Bréfritari: Soffía Daníelsdóttir
Viðtakandi: Jakobína Magnúsdóttir og Daníel Halldórsson
Dagsetning: A-1903-11-29
Skrifað á: Skeggjastöðum  N-Múl.
Soffía var dóttir Jakobínu og Daníels

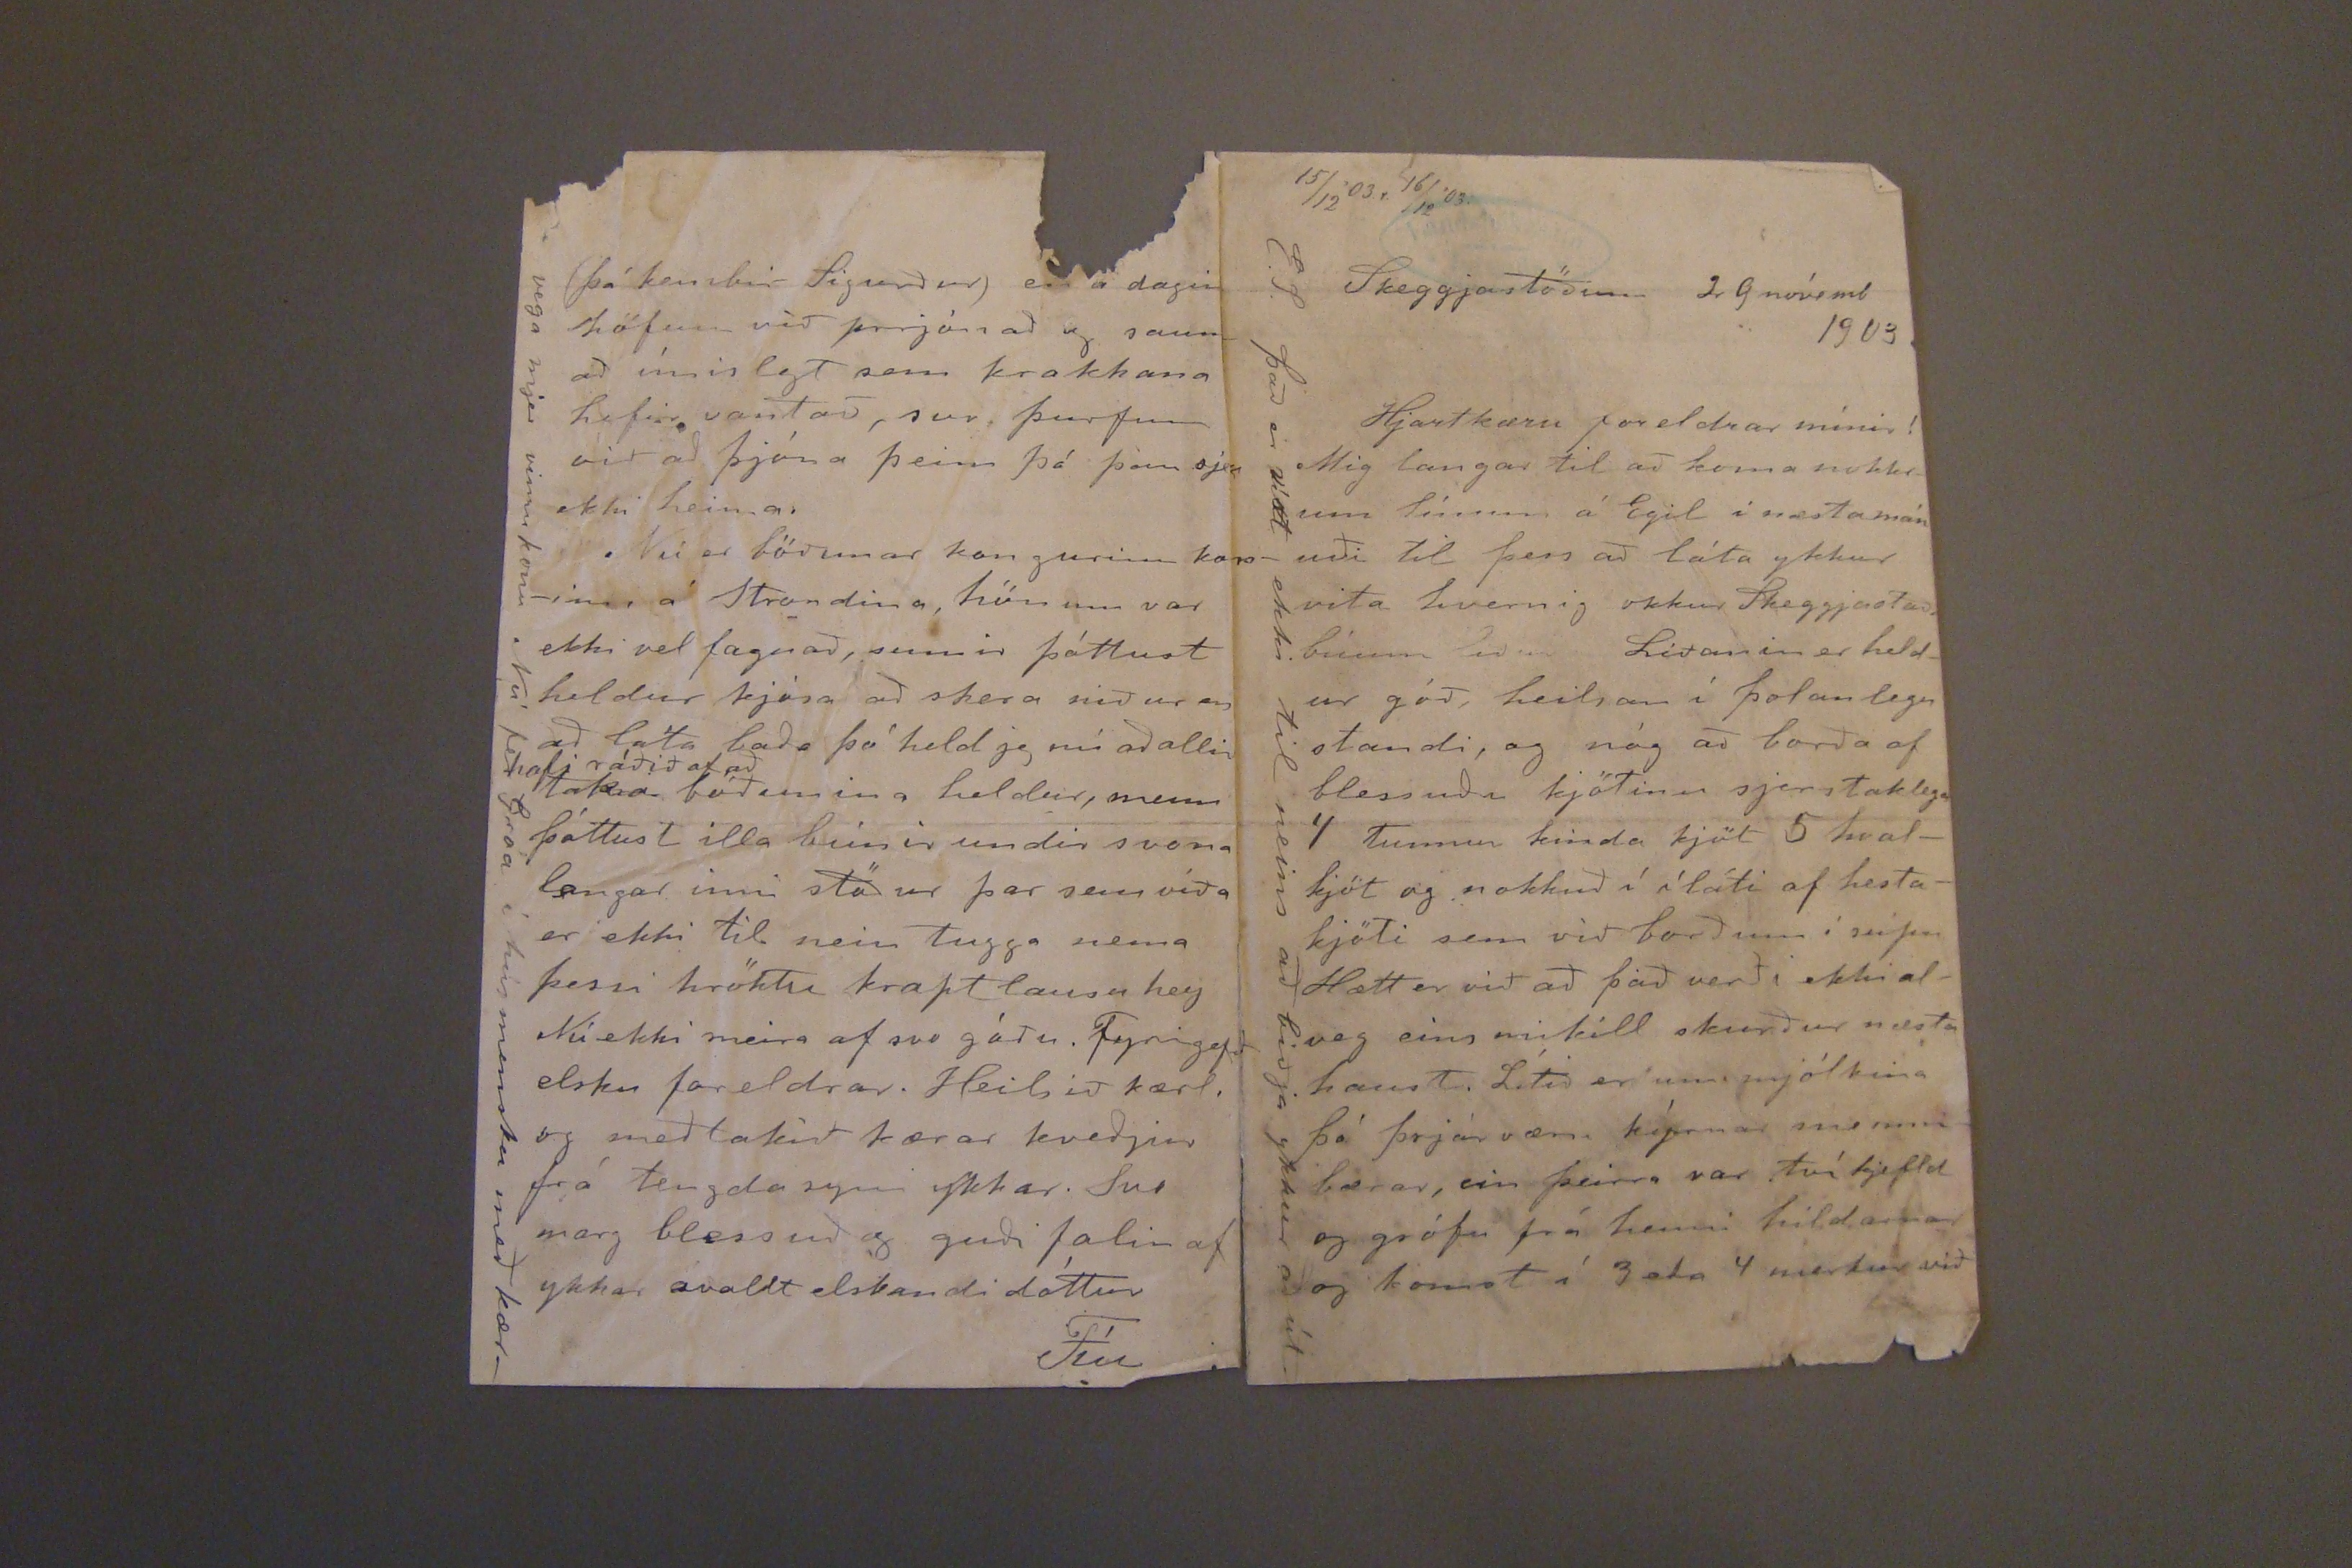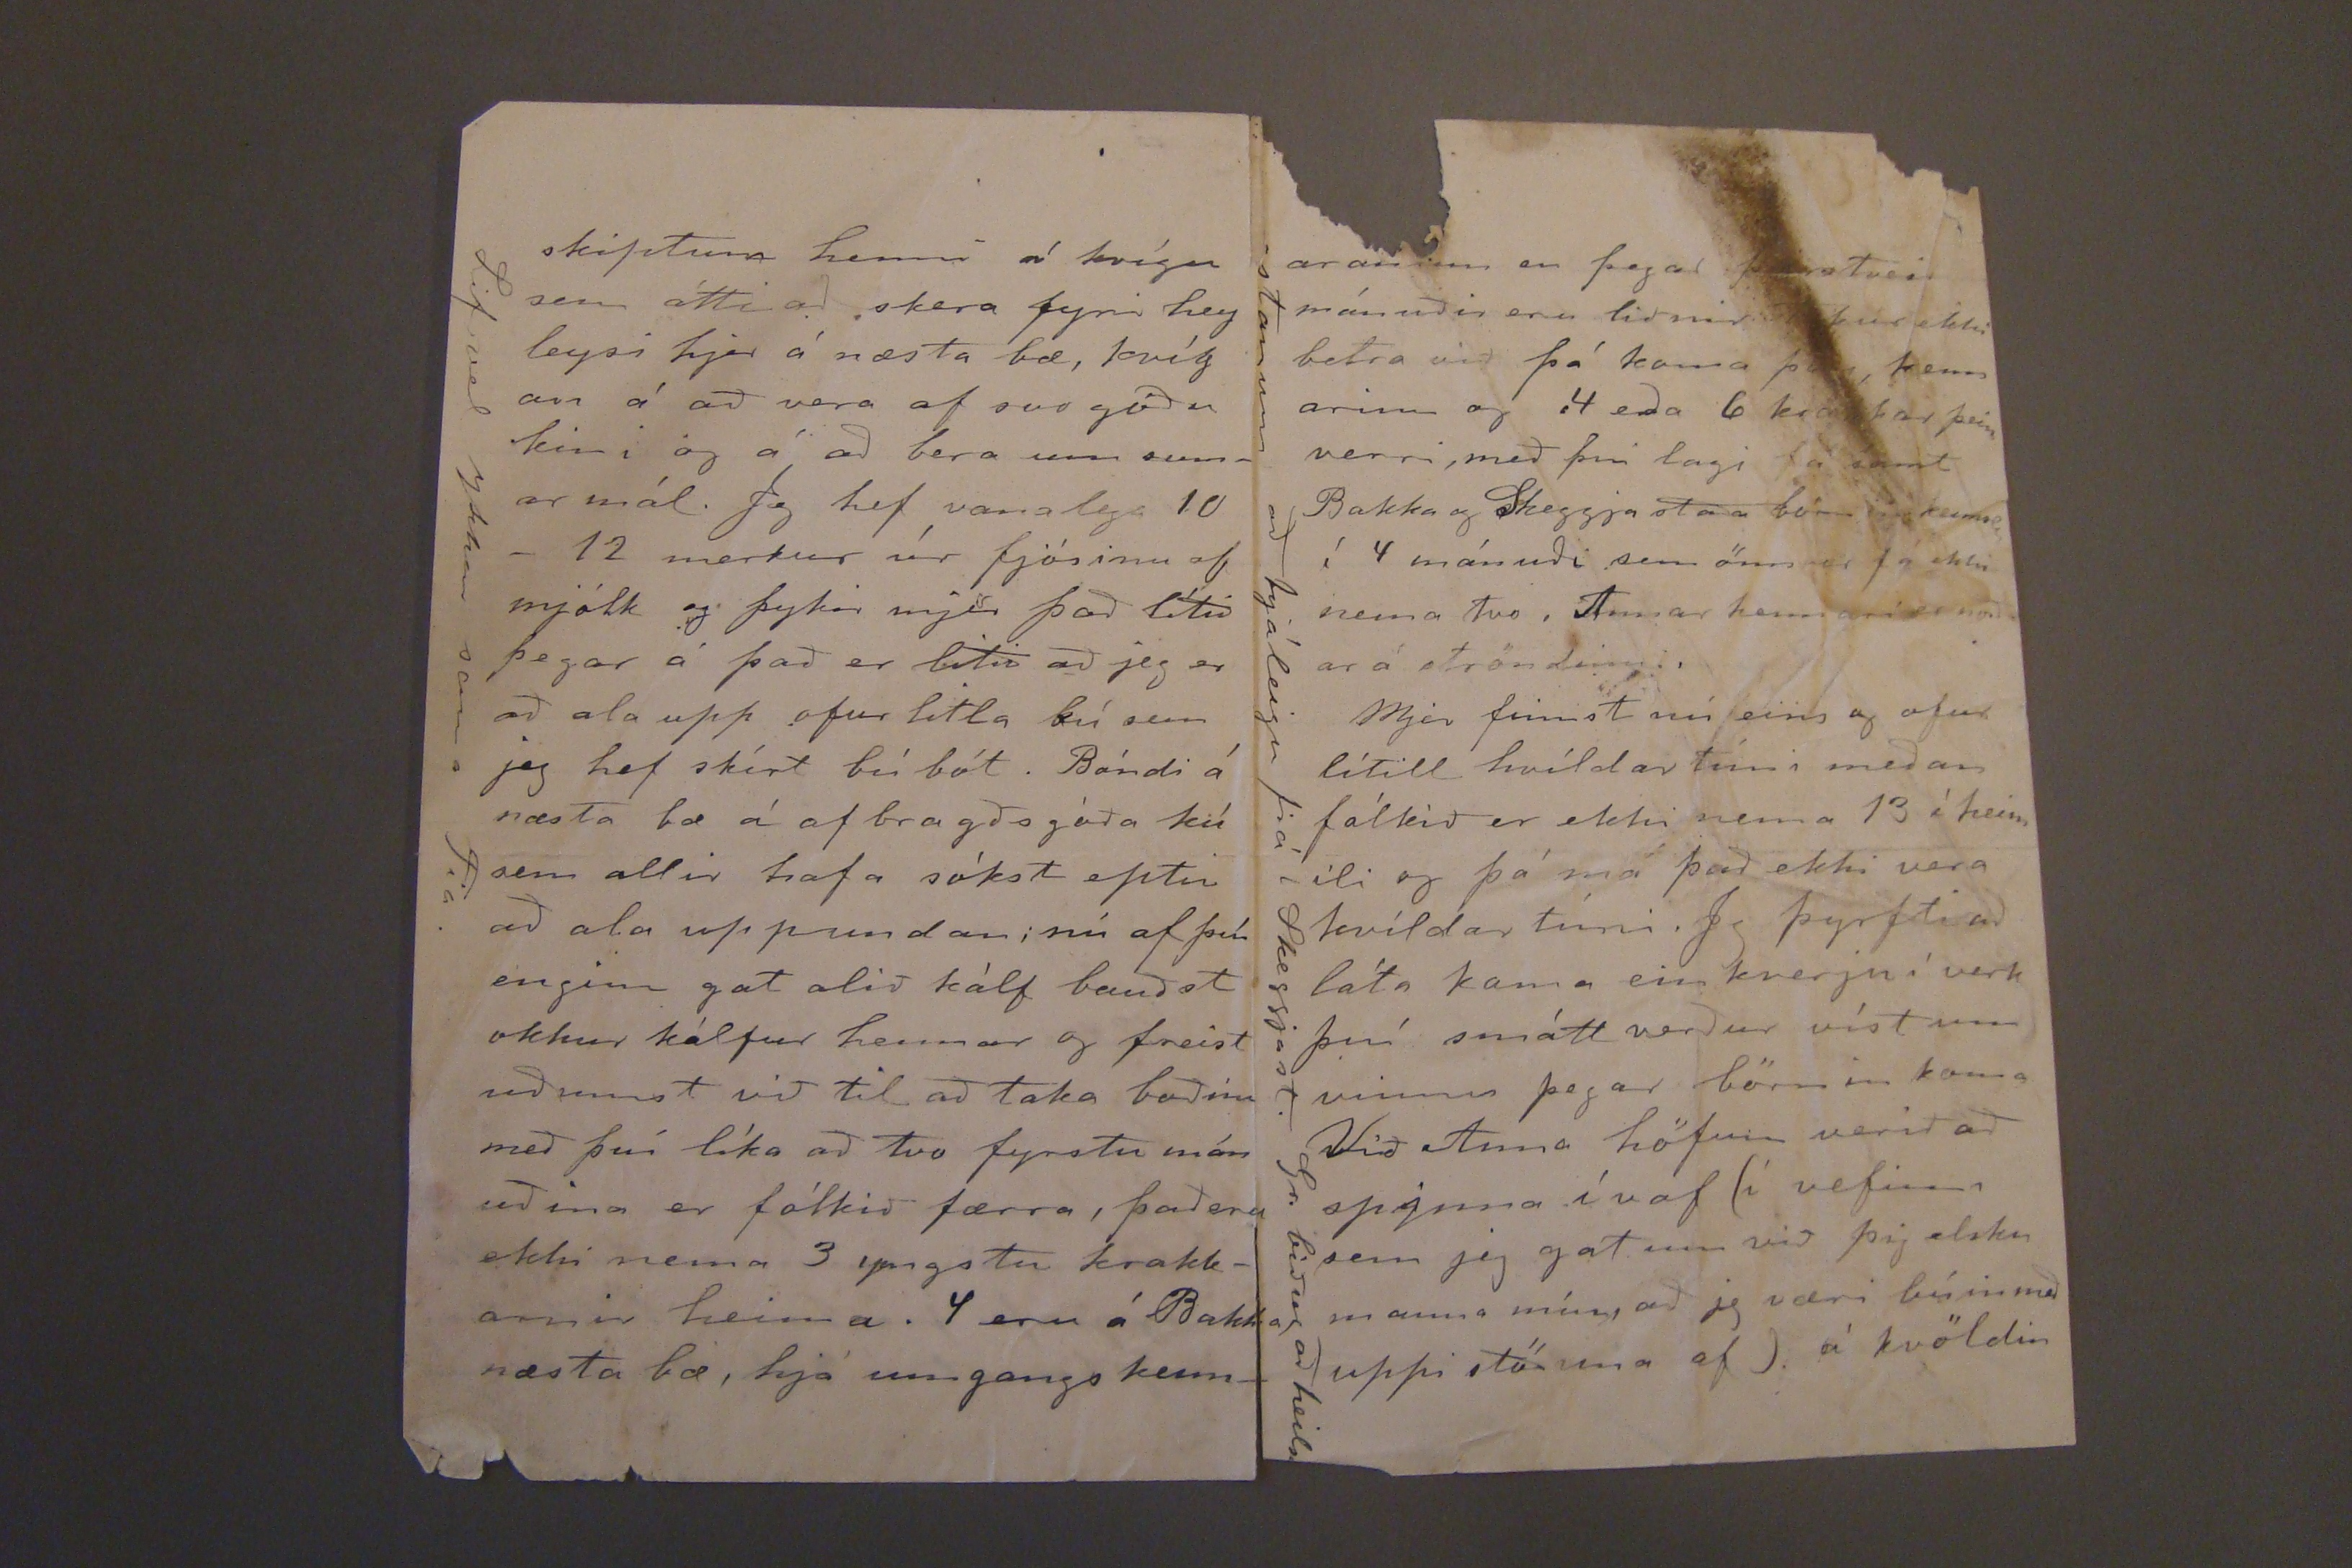

15/12'03 r 16/12'03.
Skeggjastöðum 29. nóvemb 1903
Hjartkæru foreldrar mínir!
Mig langar til að koma nokkrum línum á Egil í næsta mánuði til þess að láta ykkur vita hvernig okkur Skeggjastað búum liður Liðanin er heldur góð, heilsan í þolanlegu standi, og nóg að borða af blessuðu kjötinu sjerstaklega 4 tunnur kinda kjöt 5 hvalkjöt og nokkuð í íláti af hestakjöti sem við borðum í súpu Hætt er við að það verði ekki alveg eins mikill skurður næsta haust. Lítið er um mjólkina þó þrjár væru kýrnar
minnribærar
, ein þeirra var tvíkjefld og grófu frá henni hvíldarnar og komst í 3eða 4 merkur við
E.S. það er víst ekki til neins að biðja ykkur að út-
skiptum henni á kvígu sem átti að skera fyrir hey leysi hjer á næsta bæ, kvíg an á að vera af svo góðu kini og á að bera um sumar mál. Jeg hef vanalega 10 - 12 merkur úr fjósinu af mjólk og þykir mjer það lítið þegar á það er lítið að jeg er að ala upp ofur litla bú sem jeg hef skírt búbót. Bóndi á næsta bæ á af bragðs góða kú sem allir hafa sókst eptir að ala uppundan; nú af því enginn gat alið kálf bauðst okkur kálfur hennar og freist uðumst við til að taka boðinu með því líka að tvo fyrstu mán uðina er fólkið færra, það eru ekki nema 3 yngstu krakkarnir heima. 4 eru á Bakka næsta bæ, hjá umgangs kenna-
Lif vel ykkar sama Fía.
(þá kembir Sigurður) en á dagin höfum við prjónað og saum að ímislegt sem krakkana hefir vantað, svo þurfum við að þjóna þeim þó þau sjeu ekki heima.
Nú er böðunar kongurinn kossinn á Strondina, hönum var ekki vel fagnað, sumir þóttust heldur kjósa að skera niður en að láta baða þó held jeg nú aðallin
hafi ráðið af að
taka böðunina heldur, menn þóttust illa búnir undir svona langar inni stöður þar sem víða er ekki til nein tugga nema þessi hröktu kraptlausu hey Nú ekki meira af svo góðu. Fyrirgefð elsku foreldrar. Heilsið kærl. og meðtakið kærar kveðjur frá tengdasyni ykkar. Svo marg blessuð og guði falin af ykkar ávallt elskandi dóttur
Fíu
vega mjer vinnukonu Nú fer Gróa í húsmensku með kær-
araninn er þegar
þeir
tveir mánuðir eru liðnir
tekur
ekki betra við þá koma
þessi
kennarinn og 4 eða 6 krakkar þeim verri, með því lagi fá samt Bakka og Skeggjastað börn kennslu í 4 mánuði sem önn er fá ekki nema tvo, Annar hennar er
norðar
á ströndinni,
Mjer finnst nú eins og ofur lítill hvíldar tími meðan fólkið er ekki nema 13 á heim ili og þá má það ekki vera kvíldar tími. Jeg þyrfti að láta koma ein kverju í verk því smátt verður víst um vinnu þegar börnin koma VIð Anna höfum verið að spynna í vaf (í vefinn sem jeg gat um við þig elsku mama mín, að jeg væri búin með uppi stöðuna af). á kvöldin
-stanum að háleigu frá Skeggjast. Gr. biður að heils